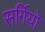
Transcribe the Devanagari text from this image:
सर्गियो